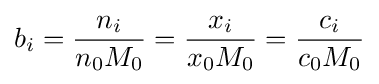
b_{i}={\frac {n_{i}}{n_{0}M_{0}}}={\frac {x_{i}}{x_{0}M_{0}}}={\frac {c_{i}}{c_{0}M_{0}}}